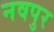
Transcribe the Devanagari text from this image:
नवपुर